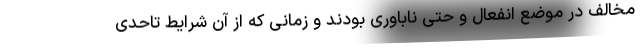
مخالف در موضع انفعال و حتی ناباوری بودند و زمانی که از آن شرایط تاحدی